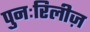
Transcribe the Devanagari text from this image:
पुनःरिलीज़